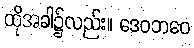
ထိုအခါ၌လည်း။ ဒေဝဘဝေ